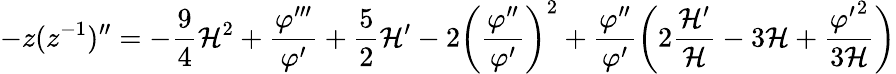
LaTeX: -z(z^{-1})^{\prime\prime}=-\frac{9}{4}{\cal H}^{2}+\frac{\varphi^{\prime\prime\prime}}{\varphi^{\prime}}+\frac{5}{2}{\cal H}^{\prime}-2\biggl(\frac{\varphi^{\prime\prime}}{\varphi^{\prime}}\biggr)^{2}+\frac{\varphi^{\prime\prime}}{\varphi^{\prime}}\biggl(2\frac{{\cal H}^{\prime}}{\cal H}-3{\cal H}+\frac{{\varphi^{\prime}}^{2}}{3{\cal H}}\biggr)